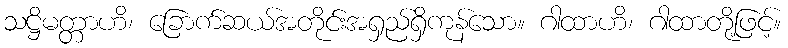
သဋ္ဌိမတ္တာဟိ၊ ခြောက်ဆယ်အတိုင်းအရှည်ရှိကုန်သော။ ဂါထာဟိ၊ ဂါထာတို့ဖြင့်။